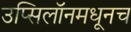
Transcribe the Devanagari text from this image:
उप्सिलॉनमधूनच